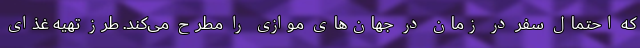
که احتمال سفر در زمان در جهان‌های موازی را مطرح می‌کند. طرز تهیه غذای